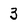
Character: 3